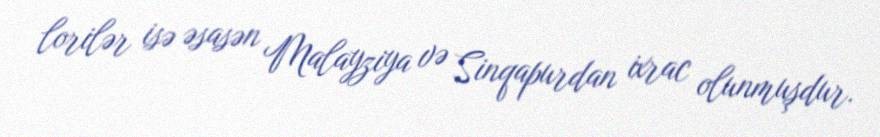
lorilər isə əsasən Malayziya və Sinqapurdan ixrac olunmuşdur.